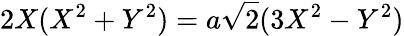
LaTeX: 2X(X^{2}+Y^{2})=a{\sqrt{2}}(3X^{2}-Y^{2})